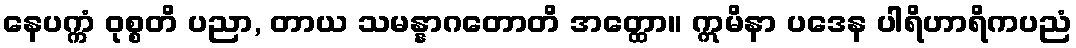
နေပက္ကံ ဝုစ္စတိ ပညာ, တာယ သမန္နာဂတောတိ အတ္ထော။ ဣမိနာ ပဒေန ပါရိဟာရိကပညံ